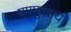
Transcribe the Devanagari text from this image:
षण्मुखाय